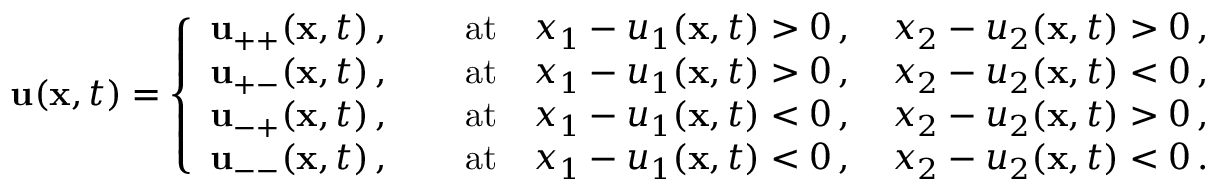
{ \mathbf { u } } ( { \mathbf { x } } , t ) = \left\{ \begin{array} { c } { { \mathbf { u } } _ { + + } ( { \mathbf { x } } , t ) \, , \qquad \mathrm { a t } \quad x _ { 1 } - u _ { 1 } ( { \mathbf { x } } , t ) > 0 \, , \quad x _ { 2 } - u _ { 2 } ( { \mathbf { x } } , t ) > 0 \, , } \\ { { \mathbf { u } } _ { + - } ( { \mathbf { x } } , t ) \, , \qquad \mathrm { a t } \quad x _ { 1 } - u _ { 1 } ( { \mathbf { x } } , t ) > 0 \, , \quad x _ { 2 } - u _ { 2 } ( { \mathbf { x } } , t ) < 0 \, , } \\ { { \mathbf { u } } _ { - + } ( { \mathbf { x } } , t ) \, , \qquad \mathrm { a t } \quad x _ { 1 } - u _ { 1 } ( { \mathbf { x } } , t ) < 0 \, , \quad x _ { 2 } - u _ { 2 } ( { \mathbf { x } } , t ) > 0 \, , } \\ { { \mathbf { u } } _ { -- } ( { \mathbf { x } } , t ) \, , \qquad \mathrm { a t } \quad x _ { 1 } - u _ { 1 } ( { \mathbf { x } } , t ) < 0 \, , \quad x _ { 2 } - u _ { 2 } ( { \mathbf { x } } , t ) < 0 \, . } \end{array} \right.